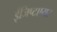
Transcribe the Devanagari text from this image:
ईजिप्टएयर